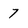
Character: 7